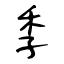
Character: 季